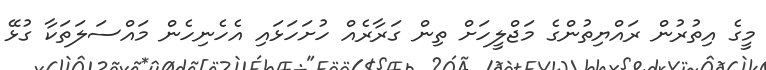
މީގެ އިތުރުން ރައްޔިތުންގެ މަޖްލީހަށް ތިން ގަރާރެއް ހުށަހަޅައި އެހެނިހެން މައްސަލަތަކާ ގުޅޭ